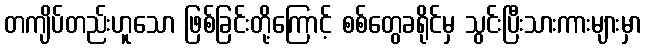
တကျိပ်တည်းဟူသော ဖြစ်ခြင်းတို့ကြောင့် စစ်တွေခရိုင်မှ သွင်းပြီးသားကားများမှာ